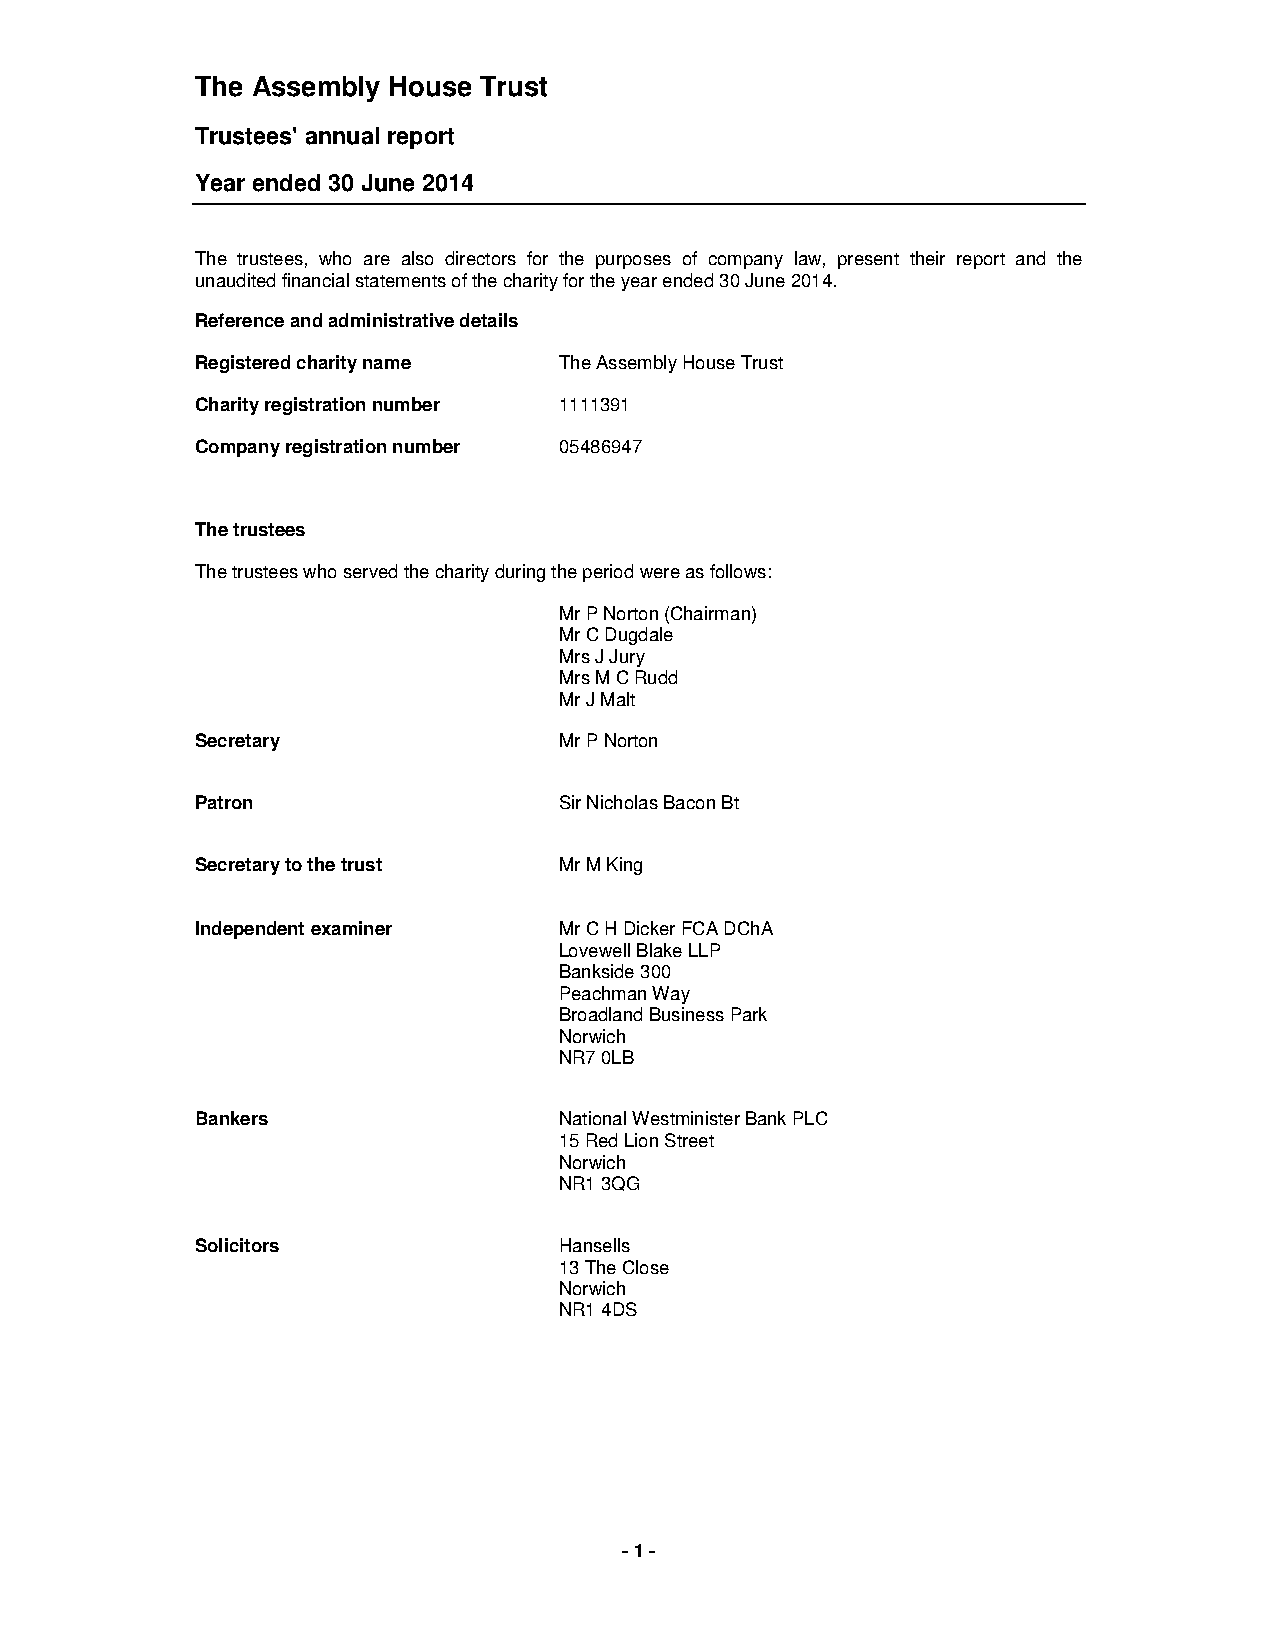
The Assembly House Trust
 Trustees' annual report
 Year ended 30 June 2014
 The trustees, who are also directors for the purposes of company law, present their report and the
 unaudited financial statements of the charity for the year ended 30 June 2014.
 Reference and administrative details
 Registered charity name The Assembly House Trust
 Charity registration number 1111391
 Company registration number 05486947
 The trustees
 The trustees who served the charity during the period were as follows:
 Mr P Norton (Chairman)
 Mr C Dugdale
 Mrs J Jury
 Mrs M C Rudd
 Mr J Malt
 Secretary               Mr P Norton
 Patron                  Sir Nicholas Bacon Bt
 Secretary to the trust  Mr M King
 Independent examiner    Mr C H Dicker FCA DChA
 Lovewell Blake LLP
 Bankside 300
 Peachman Way
 Broadland Business Park
 Norwich
 NR7 0LB
 Bankers                 National Westminister Bank PLC
 15 Red Lion Street
 Norwich
 NR1 3QG
 Solicitors              Hansells
 13 The Close
 Norwich
 NR1 4DS
 - 1 -